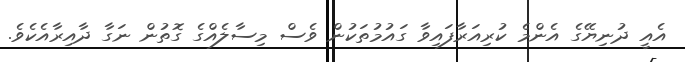
އެއީ ދުނިޔޭގެ އެންމެ ކުރިއަރާފައިވާ ގައުމުތަކުން ވެސް މިސާލެއްގެ ގޮތުން ނަގާ ދާއިރާއެކެވެ.